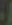
-